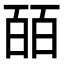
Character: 皕